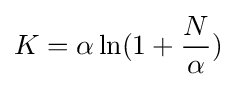
K=\alpha \ln(1+{\frac {N}{\alpha }})